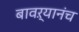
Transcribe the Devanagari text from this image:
बावऱ्यानंच